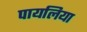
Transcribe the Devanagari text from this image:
पायलिया